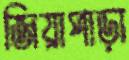
জিয়াপাড়া